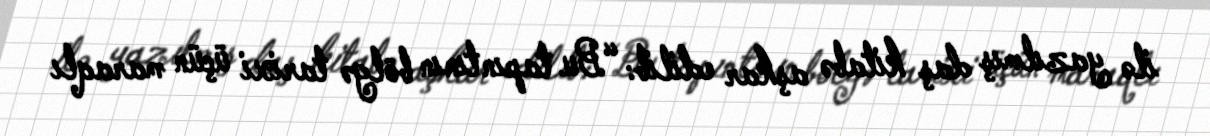
ilə yazılmış daş kitabə aşkar edilib: “Bu tapıntının bölgə tarixi üçün maraqlı